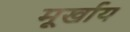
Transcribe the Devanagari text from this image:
मूर्खाय